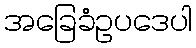
အခြေခံဥပဒေပါ